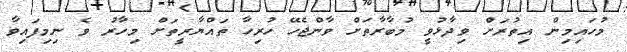
މުހައިމިން އިތުރަށް ވިދާޅުވީ މުބާރާތަށް ވާންޖެހޭ ހުރިހާ ތައްޔާރީތަށް މިހާރު ވެ ނިމިފައިވާ